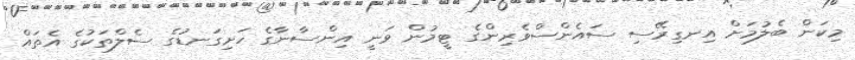
މިކަން ބެލުމަށް އިނގިރޭސި ސައެންސްވެރިންގެ ޓީމުން ވަނީ އިންސާނާގެ ހަށިގަނޑުގެ ސެލްތަކުގެ އެތައް